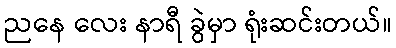
ညနေ လေး နာရီ ခွဲမှာ ရုံးဆင်းတယ်။